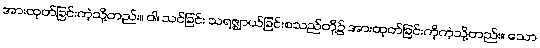
အားထုတ်ခြင်းကဲ့သို့တည်း။ ဝါ၊ သင်ခြင်း သရဇ္ဈာယ်ခြင်းစသည်တို့၌ အားထုတ်ခြင်းကိုကဲ့သို့တည်း။ သော